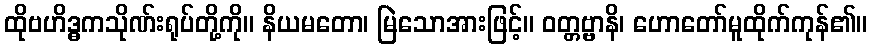
ထိုဗဟိဒ္ဓကသိုဏ်းရုပ်တို့ကို။ နိယမတော၊ မြဲသောအားဖြင့်။ ဝတ္တဗ္ဗာနိ၊ ဟောတော်မူထိုက်ကုန်၏။